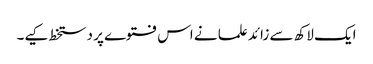
ایک لاکھ سے زائد علما نے اس فتوے پر دستخط کیے۔